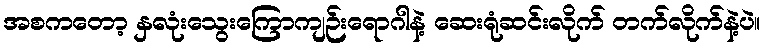
အစကတော့ နှလုံးသွေးကြောကျဉ်းရောဂါနဲ့ ဆေးရုံဆင်းလိုက် တက်လိုက်နဲ့ပဲ။